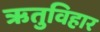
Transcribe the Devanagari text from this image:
ऋतुविहार